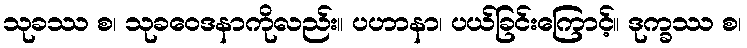
သုခဿ စ၊ သုခဝေဒနာကိုလည်း။ ပဟာနာ၊ ပယ်ခြင်းကြောင့်။ ဒုက္ခဿ စ၊